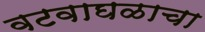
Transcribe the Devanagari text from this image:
वटवाघळाचा